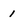
Character: I